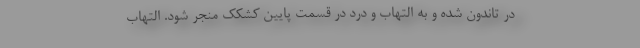
در تاندون شده و به التهاب و درد در قسمت پایین کشکک منجر شود. التهاب